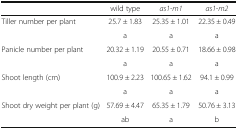
|  | wild type | as1-m1 | as1-m2 |
 | --- | --- | --- | --- |
 | <ROWSPAN=2> Tiller number per plant | 25.7 ± 1.83 | 25.35 ± 1.01 | 22.35 ± 0.49 |
 | a | a | a |
 | <ROWSPAN=2> Panicle number per plant | 20.32 ± 1.19 | 20.55 ± 0.71 | 18.66 ± 0.98 |
 | a | a | a |
 | <ROWSPAN=2> Shoot length (cm) | 100.9 ± 2.23 | 100.65 ± 1.62 | 94.1 ± 0.99 |
 | a | a | a |
 | <ROWSPAN=2> Shoot dry weight per plant (g) | 57.69 ± 4.47 | 65.35 ± 1.79 | 50.76 ± 3.13 |
 | ab | a | b |